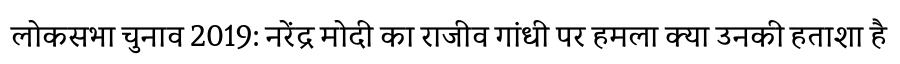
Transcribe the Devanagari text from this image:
लोकसभा चुनाव 2019: नरेंद्र मोदी का राजीव गांधी पर हमला क्या उनकी हताशा है